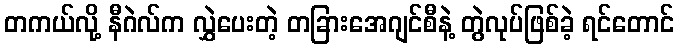
တကယ်လို့ နီဂဲလ်က လွှဲပေးတဲ့ တခြားအေဂျင်စီနဲ့ တွဲလုပ်ဖြစ်ခဲ့ ရင်တောင်